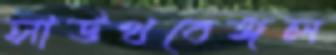
সাউথবেঙ্গল